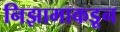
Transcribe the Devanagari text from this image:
निझामाकडून